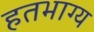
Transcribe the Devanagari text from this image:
हतभाग्य